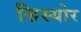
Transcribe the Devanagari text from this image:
सिस्योर